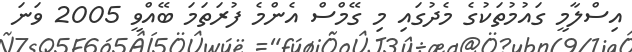
އިސްލާމީ ގައުމުތަކުގެ މެދުގައި މި ގޭމްސް އެންމެ ފުރަތަމަ ބޭއްވީ 2005 ވަނަ